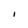
Character: I